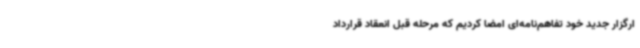
ارگزار جدید خود تفاهم‌نامه‌ای امضا کردیم که مرحله قبل انعقاد قرارداد